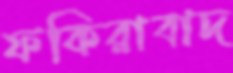
ফকিরাবাদ